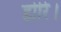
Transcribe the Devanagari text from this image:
डोरि।